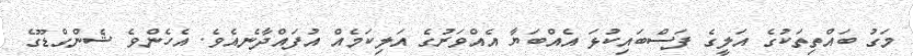
މަގު ބައްތިތަކުގެ އަލީގެ ފަސްބައިކުޅަ އެއްބަޔާ އެއްވަރުގެ އަލިކަމެއް އުފައްދާނެއެވެ. އެހެންވެ ޝެންގްޑޫގެ